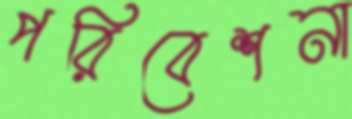
পরিবেশনা